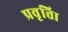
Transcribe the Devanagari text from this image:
प्रवृत्तिा